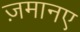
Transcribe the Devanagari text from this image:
ज़मानए